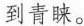
到青睐。